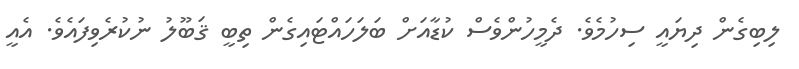
ލިބިގެން ދިޔައީ ސިހުމެވެ. ދެމީހުންވެސް ކުޑާއަށް ބަލަހައްޓައިގެން ތިބީ ޤަބޫލު ނުކުރެވިފައެވެ. އެއީ